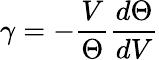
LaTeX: \gamma=-\frac{V}{\Theta}\frac{d\Theta}{dV}